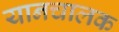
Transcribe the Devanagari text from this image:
यानचालक